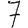
Digit: 7